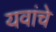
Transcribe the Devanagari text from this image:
यवांचे